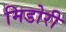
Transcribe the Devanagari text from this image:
मिडोरी